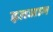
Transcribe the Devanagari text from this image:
इतजाम